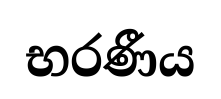
භරණීය